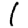
Digit: 1